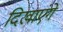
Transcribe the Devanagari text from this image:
दिखाएंगे